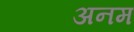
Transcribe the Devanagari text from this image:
अनम